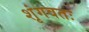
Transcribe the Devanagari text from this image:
शृंगवतः